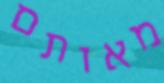
מאותם